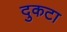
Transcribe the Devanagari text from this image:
दुकटा